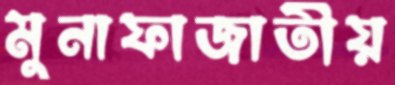
মুনাফাজাতীয়